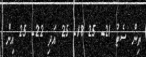
ތިން ސެޓު 21- 25 18- 25 އަދި 22- 25 އިން